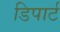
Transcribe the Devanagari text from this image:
डिपार्ट